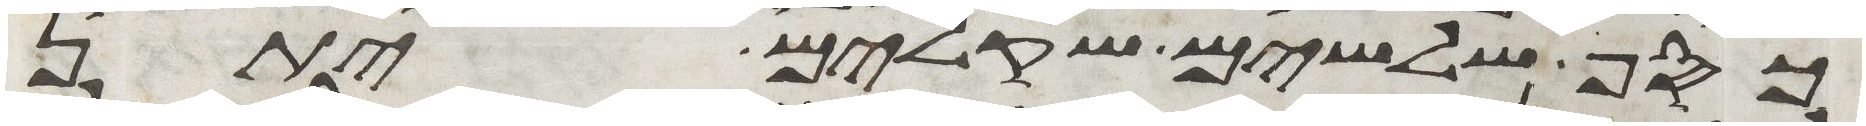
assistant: כסף שלשים שקלים יתן